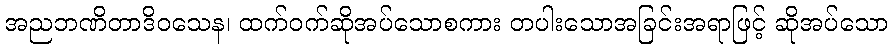
အညဘဏိတာဒိဝသေန၊ ထက်ဝက်ဆိုအပ်သောစကား တပါးသောအခြင်းအရာဖြင့် ဆိုအပ်သော